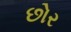
છોર